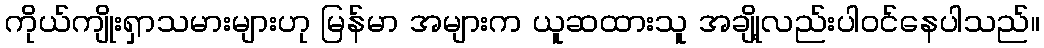
ကိုယ်ကျိုးရှာသမားများဟု မြန်မာ အများက ယူဆထားသူ အချို့လည်းပါဝင်နေပါသည်။